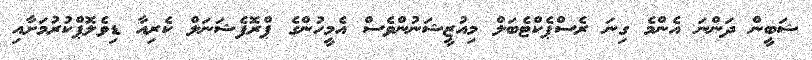
ޝަބީން ދަންނަ އެންމެ ގިނަ ރެސްޕެކްޓެބަލް މިއުޒީޝަނުންވެސް އެމީހުންގެ ޕްރޮފެޝަނަލް ކެރިއާ ޑިވެލޮޕްކުރުމަށާއި